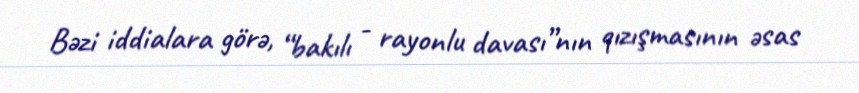
Bəzi iddialara görə, “bakılı - rayonlu davası”nın qızışmasının əsas